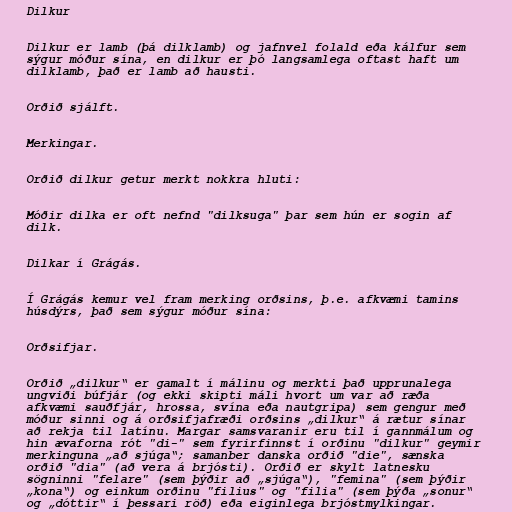
Dilkur

Dilkur er lamb (þá dilklamb) og jafnvel folald eða kálfur sem
sýgur móður sína, en dilkur er þó langsamlega oftast haft um
dilklamb, það er lamb að hausti.

Orðið sjálft.

Merkingar.

Orðið dilkur getur merkt nokkra hluti:

Móðir dilka er oft nefnd "dilksuga" þar sem hún er sogin af
dilk.

Dilkar í Grágás.

Í Grágás kemur vel fram merking orðsins, þ.e. afkvæmi tamins
húsdýrs, það sem sýgur móður sína:

Orðsifjar.

Orðið „dilkur“ er gamalt í málinu og merkti það upprunalega
ungviði búfjár (og ekki skipti máli hvort um var að ræða
afkvæmi sauðfjár, hrossa, svína eða nautgripa) sem gengur með
móður sinni og á orðsifjafræði orðsins „dilkur“ á rætur sínar
að rekja til latínu. Margar samsvaranir eru til í gannmálum og
hin ævaforna rót "di-" sem fyrirfinnst í orðinu "dilkur" geymir
merkinguna „að sjúga“; samanber danska orðið "die", sænska
orðið "dia" (að vera á brjósti). Orðið er skylt latnesku
sögninni "felare" (sem þýðir að „sjúga“), "femina" (sem þýðir
„kona“) og einkum orðinu "filius" og "filia" (sem þýða „sonur“
og „dóttir“ í þessari röð) eða eiginlega brjóstmylkingar.